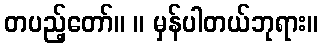
တပည့်တော်။ ။ မှန်ပါတယ်ဘုရား။